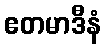
ဧတမာဒီနံ